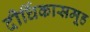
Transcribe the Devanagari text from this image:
दीर्घिकासमूह